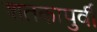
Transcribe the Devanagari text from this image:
शतकापुर्वी